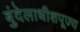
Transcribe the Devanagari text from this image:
बुंदेलाधीशपूज्य